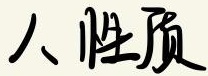
人性质